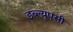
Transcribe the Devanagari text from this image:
डब्ल्यूएसी